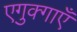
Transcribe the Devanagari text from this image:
एगुक्गाएँ